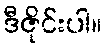
ဒီဇိုင်းပါ။